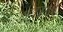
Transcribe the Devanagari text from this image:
स्वतःहूनच